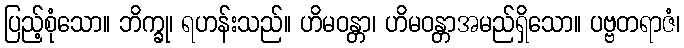
ပြည့်စုံသော။ ဘိက္ခု၊ ရဟန်းသည်။ ဟိမဝန္တာ၊ ဟိမဝန္တာအမည်ရှိသော။ ပဗ္ဗတရာဇံ၊